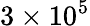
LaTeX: \mathrm{3\times 10^{5}}